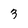
Character: 3